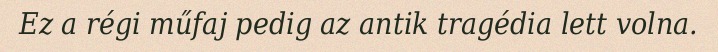
Ez a régi műfaj pedig az antik tragédia lett volna.